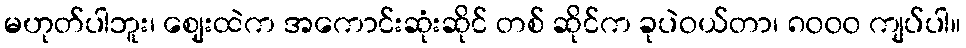
မဟုတ်ပါဘူး၊ ဈေးထဲက အကောင်းဆုံးဆိုင် တစ် ဆိုင်က ခုပဲဝယ်တာ၊ ၈၀၀၀ ကျပ်ပါ။